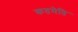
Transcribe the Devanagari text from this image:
कतमेति